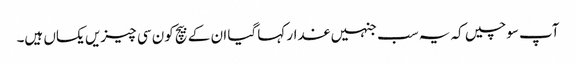
آپ سوچیں کہ یہ سب جنہیں غدار کہا گیا ان کے بیچ کون سی چیزیں یکساں ہیں۔